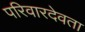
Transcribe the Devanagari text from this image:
परिवारदेवता